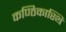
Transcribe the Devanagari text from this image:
कण्ठिकास्थि